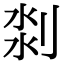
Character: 𠝃